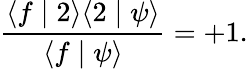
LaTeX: \frac{\langle f\mid 2\rangle\langle 2\mid\psi\rangle}{\langle f\mid\psi\rangle}=+1.